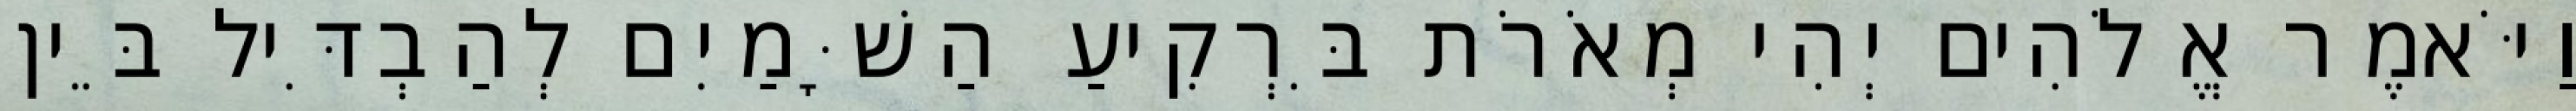
וַיֹּאמֶר אֱלֹהִים יְהִי מְאֹרֹת בִּרְקִיעַ הַשָּׁמַיִם לְהַבְדִּיל בֵּין